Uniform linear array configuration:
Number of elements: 24
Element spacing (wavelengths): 1
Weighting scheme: blackman
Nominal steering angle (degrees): -60
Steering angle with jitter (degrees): -60.504
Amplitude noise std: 0.05
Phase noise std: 0.05

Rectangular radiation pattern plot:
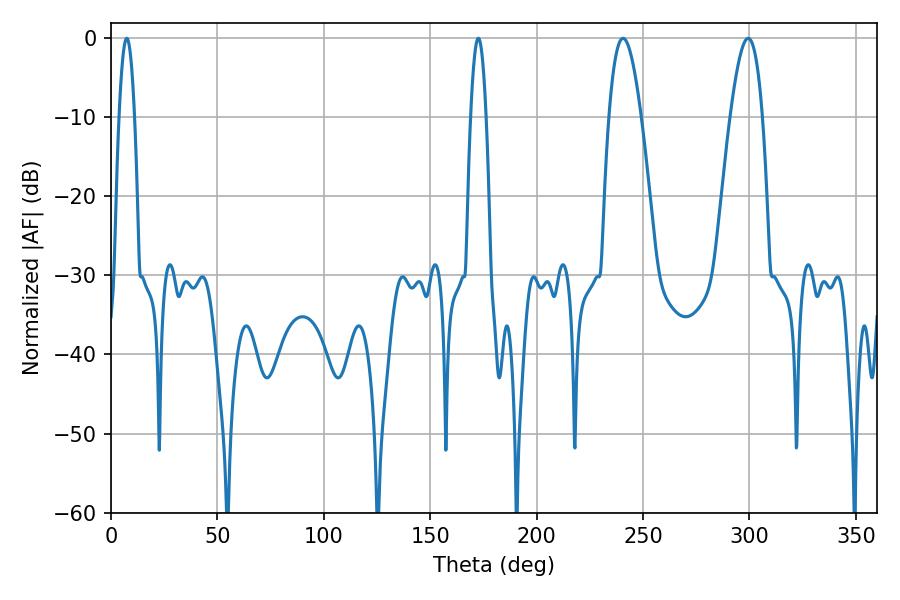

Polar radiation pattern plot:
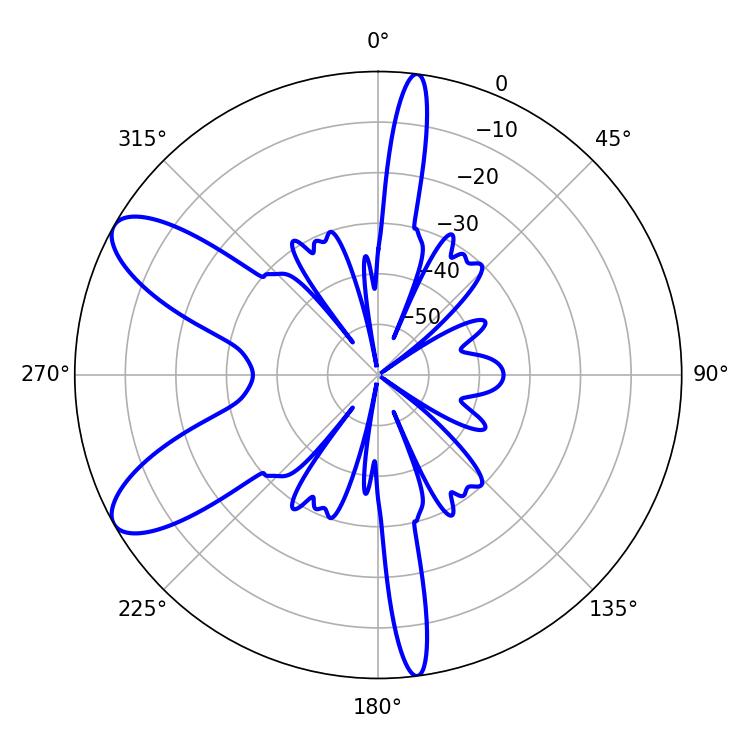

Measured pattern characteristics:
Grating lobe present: TRUE
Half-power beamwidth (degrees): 3.96
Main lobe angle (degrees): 7.38